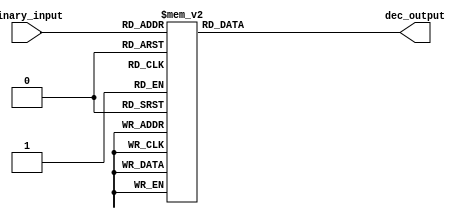
module bcd_decoder (
  input [3:0] binary_input,
  output reg [9:0] dec_output
);

always @(*) begin
  case(binary_input)
    4'b0000: dec_output = 10'b0000000001; // 0
    4'b0001: dec_output = 10'b0000000010; // 1
    4'b0010: dec_output = 10'b0000000100; // 2
    4'b0011: dec_output = 10'b0000001000; // 3
    4'b0100: dec_output = 10'b0000010000; // 4
    4'b0101: dec_output = 10'b0000100000; // 5
    4'b0110: dec_output = 10'b0001000000; // 6
    4'b0111: dec_output = 10'b0010000000; // 7
    4'b1000: dec_output = 10'b0100000000; // 8
    4'b1001: dec_output = 10'b1000000000; // 9
    default: dec_output = 10'b0000000000;
  endcase
end

endmodule